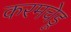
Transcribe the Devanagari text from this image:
करमचेडू